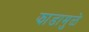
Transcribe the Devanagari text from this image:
झाडामुळे